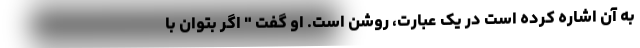
به آن اشاره کرده است در یک عبارت، روشن است. او گفت " اگر بتوان با